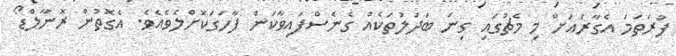
ފުރަތަމަ އެގާރައަށް މި މެޗުގައި ގިނަ ބަދަލުތަކެއް ގެނެސްފައިވާކަން ފާހަގަކޮށްލެވެއެވެ. އެގޮތުން ރޮނާލްޑޯ